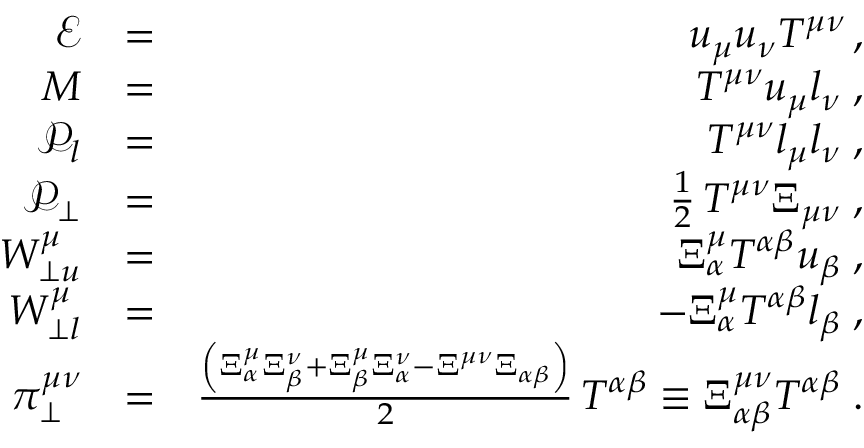
\begin{array} { r l r } { \mathcal { E } } & { = } & { u _ { \mu } u _ { \nu } T ^ { \mu \nu } \, , } \\ { M } & { = } & { T ^ { \mu \nu } u _ { \mu } l _ { \nu } \; , } \\ { \mathcal { P } _ { l } } & { = } & { T ^ { \mu \nu } l _ { \mu } l _ { \nu } \; , } \\ { \mathcal { P } _ { \perp } } & { = } & { \frac { 1 } { 2 } \, T ^ { \mu \nu } \Xi _ { \mu \nu } \; , } \\ { W _ { \perp u } ^ { \mu } } & { = } & { \Xi _ { \alpha } ^ { \mu } T ^ { \alpha \beta } u _ { \beta } \; , } \\ { W _ { \perp l } ^ { \mu } } & { = } & { - \Xi _ { \alpha } ^ { \mu } T ^ { \alpha \beta } l _ { \beta } \; , } \\ { \pi _ { \perp } ^ { \mu \nu } } & { = } & { \frac { \left( \Xi _ { \alpha } ^ { \mu } \Xi _ { \beta } ^ { \nu } + \Xi _ { \beta } ^ { \mu } \Xi _ { \alpha } ^ { \nu } - \Xi ^ { \mu \nu } \Xi _ { \alpha \beta } \right) } { 2 } \, T ^ { \alpha \beta } \equiv \Xi _ { \alpha \beta } ^ { \mu \nu } T ^ { \alpha \beta } \; . } \end{array}